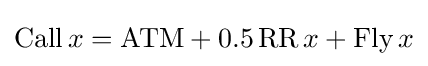
\operatorname {Call} x=\mathrm {ATM} +0.5\operatorname {RR} x+\operatorname {Fly} x